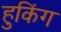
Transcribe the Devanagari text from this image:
हुकिंग